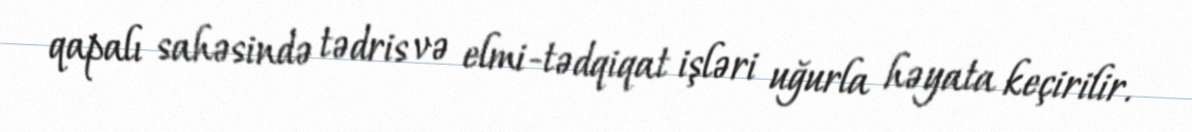
qapalı sahəsində tədris və elmi-tədqiqat işləri uğurla həyata keçirilir.